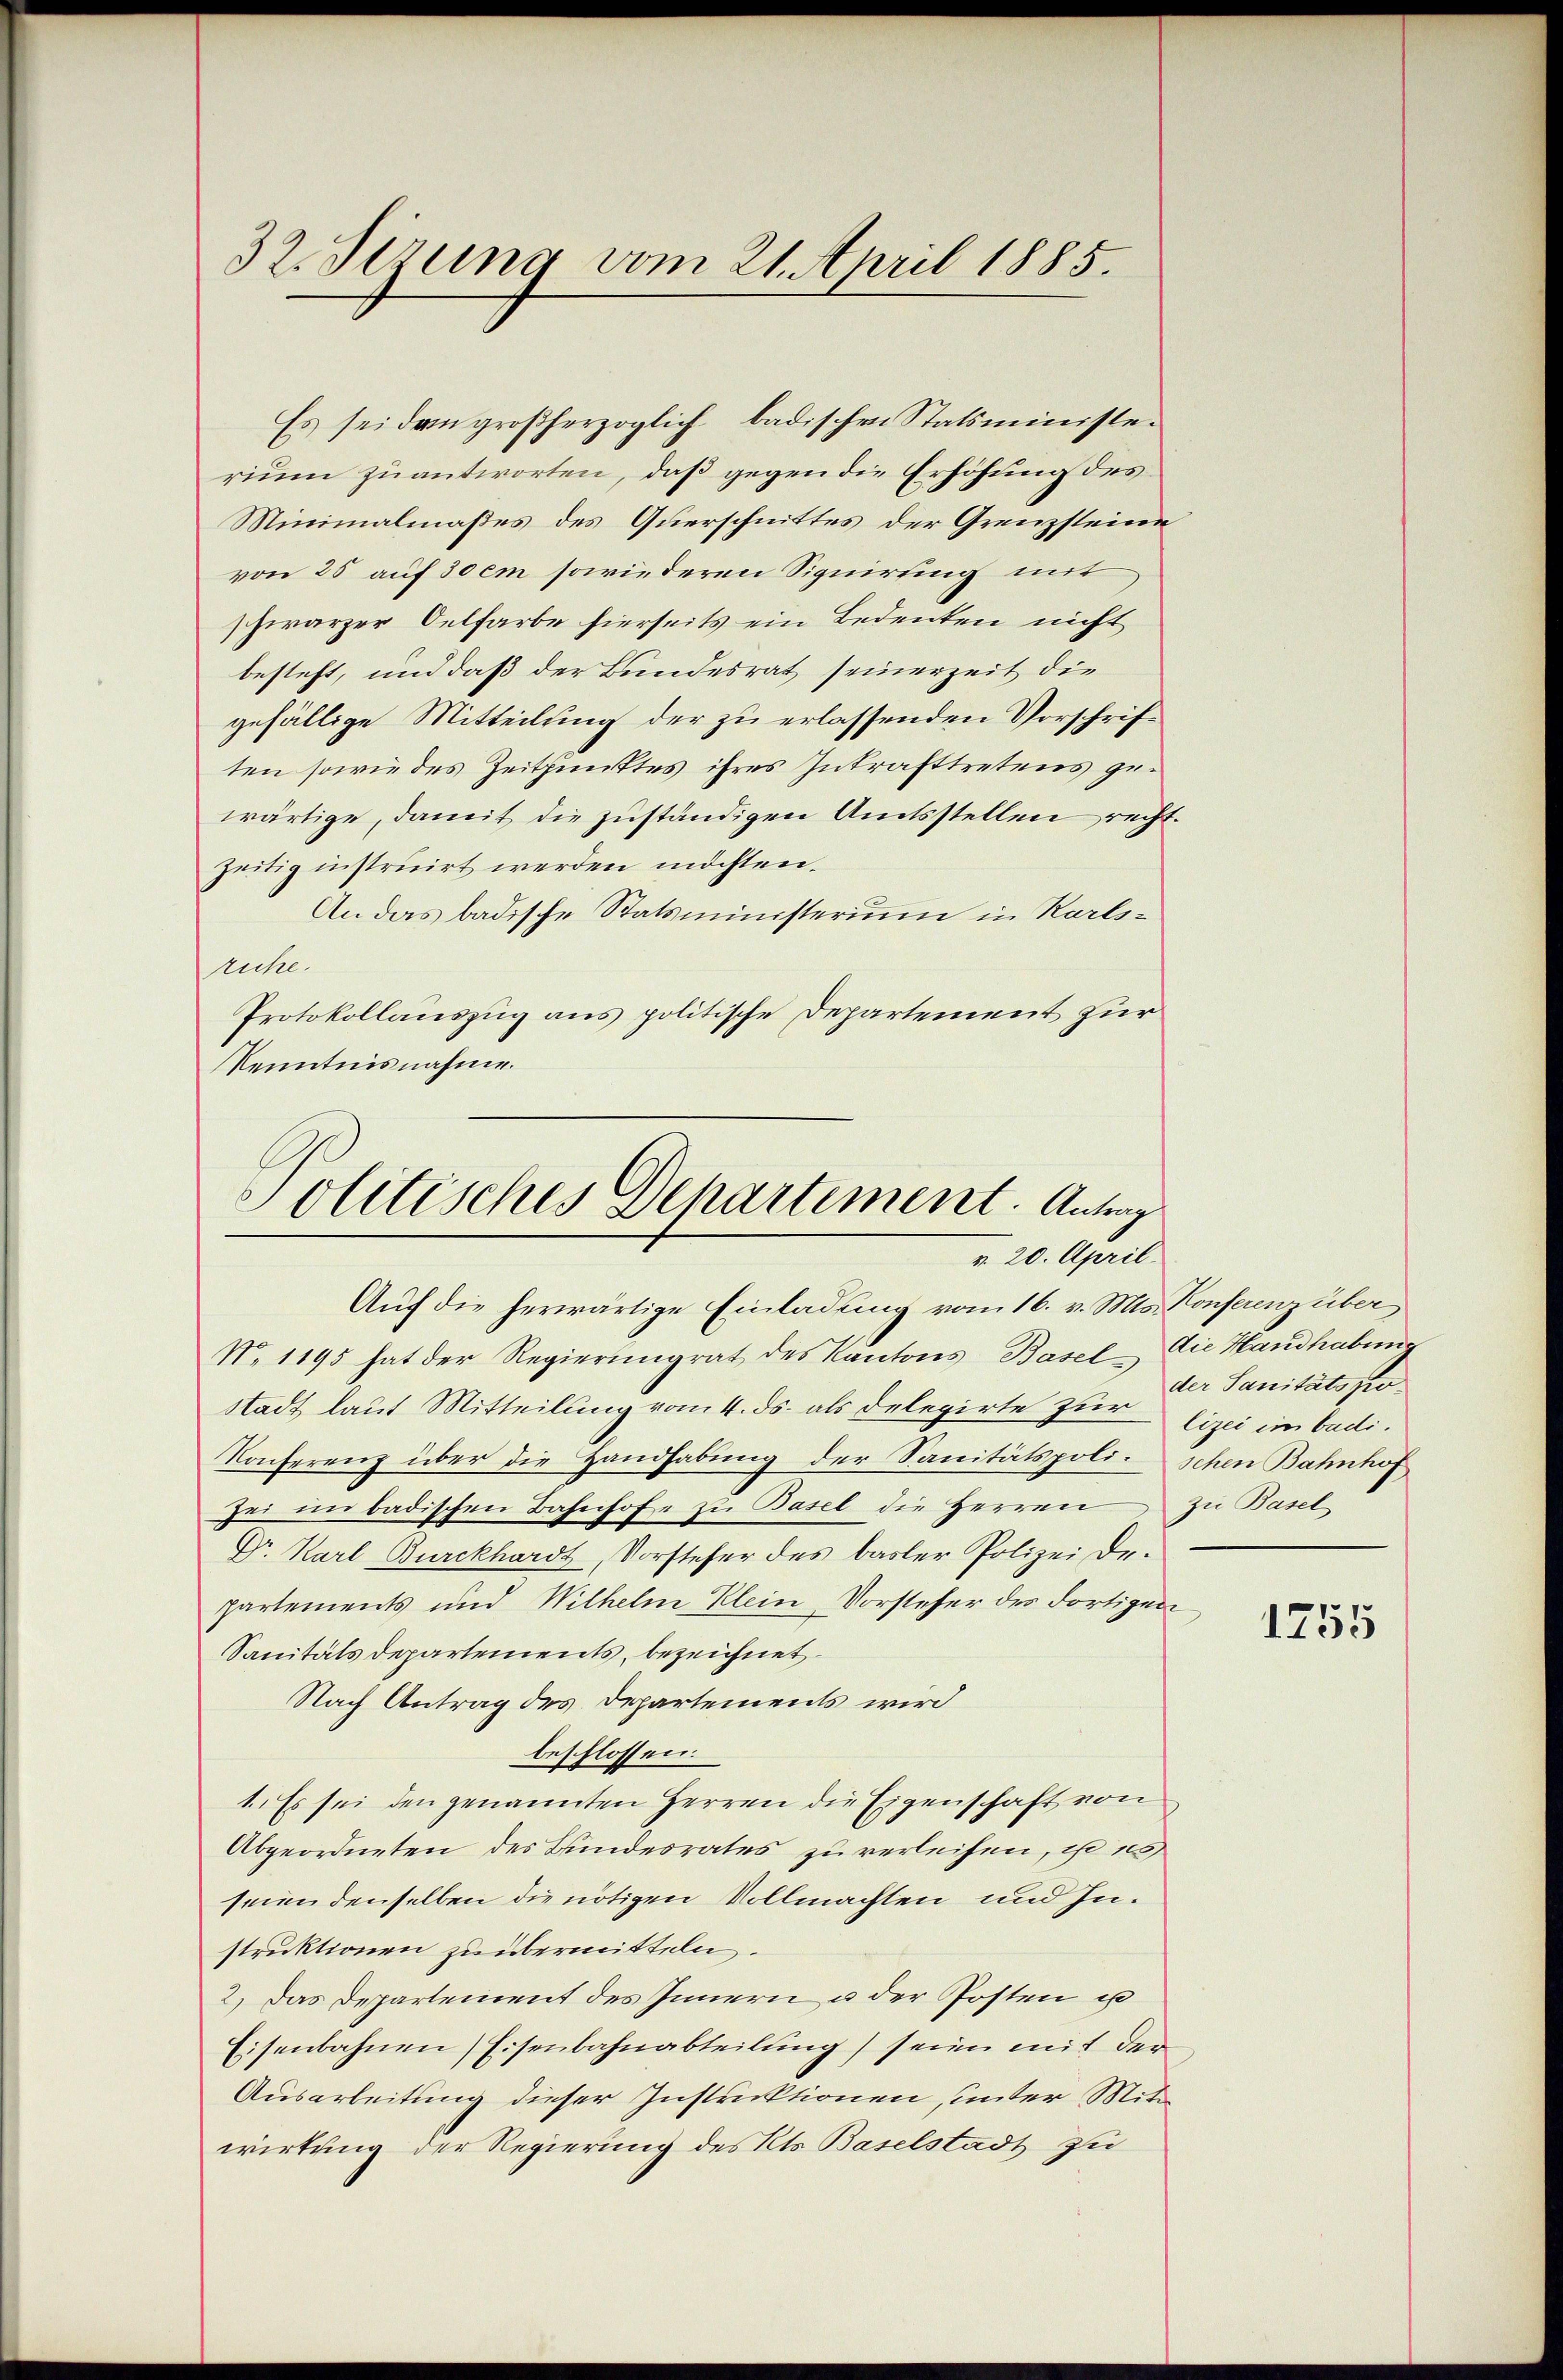
32. Sizung vom 21. April 1885.

Es sei den großherzoglich badischen Statsministerium zu antworten, daß gegen die Erhöhung des
Minimalmaßes des Querschnittes der Grenzsteine
von 25 auf 30 em sowie deren Signirung mit
schwarzer Oelfarbe hierseits ein Bedeuten nicht
besteht, und daß der Bundesrat seinerzeit die
gefällige Mitteilung der zu erlassenden Vorschriften sowie des Zeitpunktes ihres Inkrafttretens gewärtige, damit die zuständigen Amtsstellen rechtzeitig instruirt werden möchten.
An das badische Statsministerium in Karlsruhe.
Protokollauszug aus politische Departement zur
Kenntnisnahme.

Politisches Departement. Antrag
r. 20. April.

Auf die herwärtige Einladung vom 16. v. Mts. Konferenz über
N. 1195 hat der Regierungrat des Kantons Basel- Die Handhabung
Stadt laut Mitteilung vom 4. ds. als Delegirte zur Der Sanitätssen
Konferenz über die Handhabung der Sanitätspolischen Bahnhof
Zei in badischen Bahnhofe zu Basel die Herren zu Basel
Dr. Karl Burckhardt, Vorsteher des basler Polizei Departements und Wilhelm Klein Vorsteher des dortigen
Sanitäts Departements, bezeichnet.
Nach Antrag des Departements wird
beschlossen:
1. Es sei den genannten Herren die Eigenschaft von
Abgeordneten des Bundesrates zu verleihen, ist es
seien denselben die nötigen Vollmachten und Instruktionen zu übermitteln.
2.) Das Departement des Innern u der Posten u
Eisenbahnen Eisenbahnabteilung) seine mit der
Ausarbeitung dieser Instruktionen, unter Mita
wirkung der Regierung des Kts. Baselstadt zu

lizei im badi¬

1255